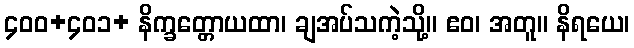
၄၀၀+၄၀၁+ နိက္ခတ္တောယထာ၊ ချအပ်သကဲ့သို့။ ဧဝ၊ အတူ။ နိရယေ၊